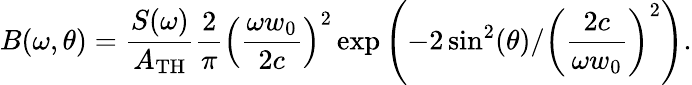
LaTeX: B(\omega,\theta)=\frac{S(\omega)}{A_{\mathrm{TH}}}\frac{2}{\pi}\left(\frac{\omega w_{0}}{2c}\right)^{2}\exp\left(-2\sin^{2}(\theta)/\left(\frac{2c}{\omega w_{0}}\right)^{2}\right).